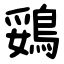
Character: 鵎